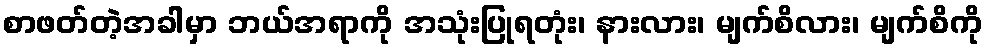
စာဖတ်တဲ့အခါမှာ ဘယ်အရာကို အသုံးပြုရတုံး၊ နားလား၊ မျက်စိလား၊ မျက်စိကို